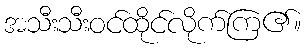
အသီးသီးဝင်ထိုင်လိုက်ကြ၏။